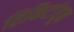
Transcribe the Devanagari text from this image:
तिकिटांतून